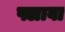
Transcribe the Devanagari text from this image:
फ्लावा